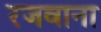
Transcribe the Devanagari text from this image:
रजवाना